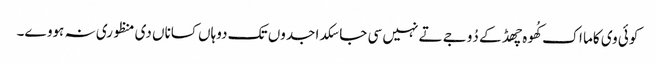
کوئی وی کاما اک کُھوہ چھڈ کے دُوجے تے نہیں سی جا سکدا جدوں تک دوہاں کساناں دی منظوری نہ ہووے۔